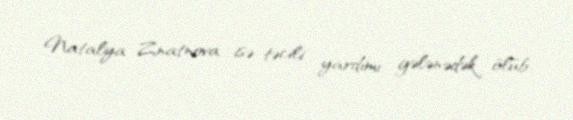
Natalya Znatnova isə təcili yardımı gələnədək ölüb.